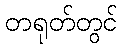
တရုတ်တွင်